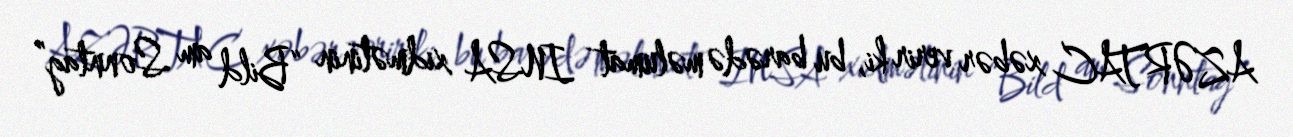
AZƏRTAC xəbər verir ki, bu barədə məlumat INSA xidmətinin “Bild am Sonntag”